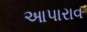
આપારાવ